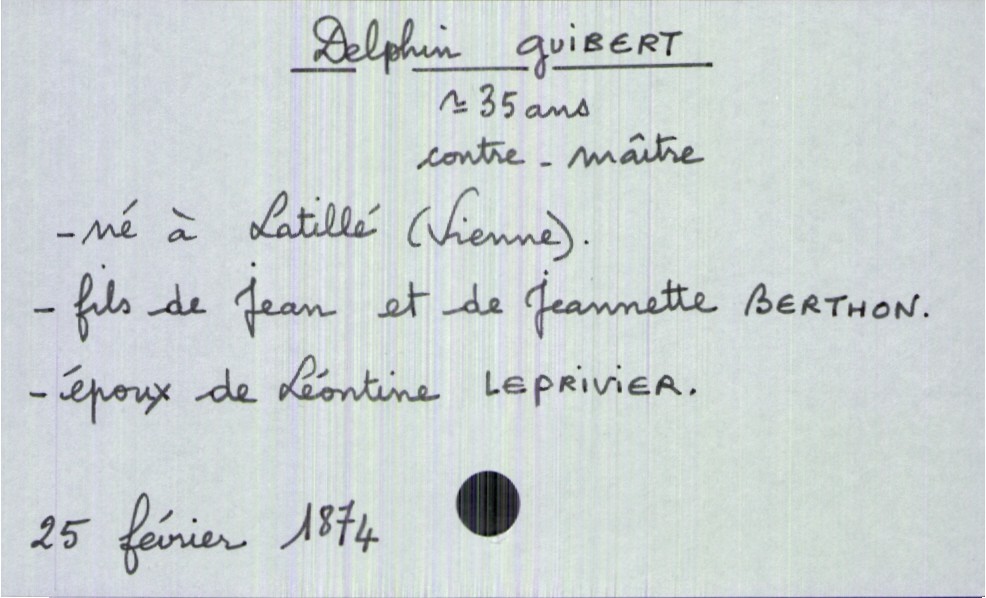
type_acte: Décès
année: 1874
mois: février
jour: 25
défunt_nom: Guibert
défunt_prénom: Delphin
défunt_sexe: H
défunt_âge: 35 ans
défunt_profession: contre-maître
défunt_lieu_de_naissance: Latillé (Vienne)
défunt_statut: marié(e)
père_défunt_nom: Guibert
père_défunt_prénom: Jean
mère_défunt_nom: Berthon
mère_défunt_prénom: Jeannette